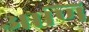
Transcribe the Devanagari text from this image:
आणि